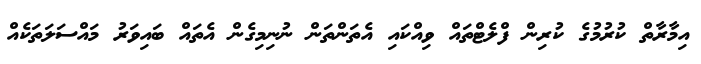
އިމާރާތް ކުރުމުގެ ކުރިން ފްލެޓްތައް ވިއްކައި އެތަންތަން ނުނިމިގެން އެތައް ބައިވަރު މައްސަލަތަކެއް